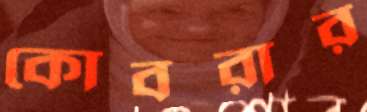
কোবরার